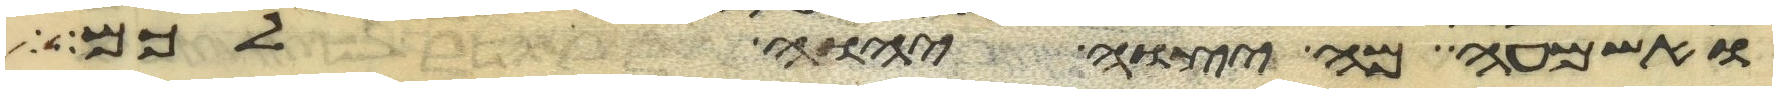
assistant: ואשמעה מה יצוה יהוה לכם